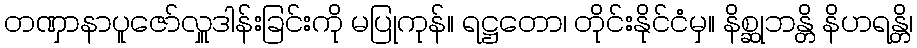
တဏှာနာပူဇော်လှူဒါန်းခြင်းကို မပြုကုန်။ ရဋ္ဌတော၊ တိုင်းနိုင်ငံမှ။ နိစ္ဆုဘန္တိ နိဟရန္တိ၊